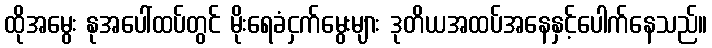
ထိုအမွေး နုအပေါ်ထပ်တွင် မိုးရေခံငှက်မွေးများ ဒုတိယအထပ်အနေနှင့်ပေါက်နေသည်။